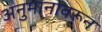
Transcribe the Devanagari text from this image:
अनुमानावरून